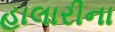
હાલારીના